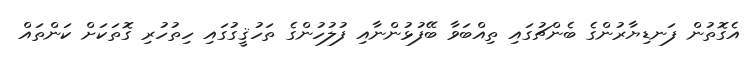
އެގޮތުން ފަނޑިޔާރުންގެ ބެންޗުގައި ތިއްބަވާ ބޭފުޅުންނާއި ފުލުހުންގެ ތަހުޤީގުގައި ހިތުހުރި ގޮތަކަށް ކަންތައް